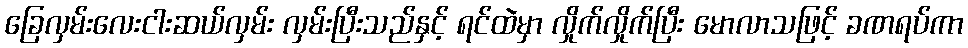
ခြေလှမ်းလေးငါးဆယ်လှမ်း လှမ်းပြီးသည်နှင့် ရင်ထဲမှာ လှိုက်လှိုက်ပြီး မောလာသဖြင့် ခဏရပ်ကာ